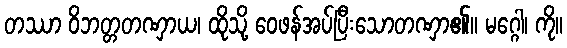
တဿာ ဝိဘတ္တတဏှာယ၊ ထိုသို့ ဝေဖန်အပ်ပြီးသောတဏှာ၏။ မဂ္ဂေါ၊ ကို။